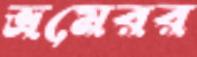
ভ্রমেরর